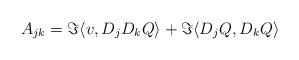
LaTeX: \begin{align*}A_{jk}= \Im\langle v,D_jD_k Q\rangle + \Im\langle D_jQ, D_kQ\rangle\end{align*}